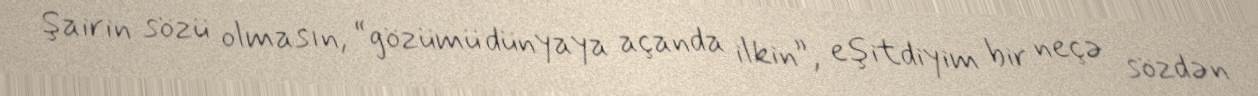
Şairin sözü olmasın, “gözümü dünyaya açanda ilkin”, eşitdiyim bir neçə sözdən